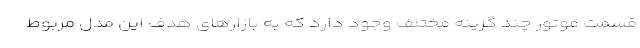
قسمت موتور چند گزینه مختلف وجود دارد که به بازارهای هدف این مدل مربوط